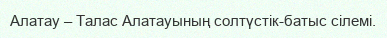
Алатау – Талас Алатауының солтүстік-батыс сілемі.